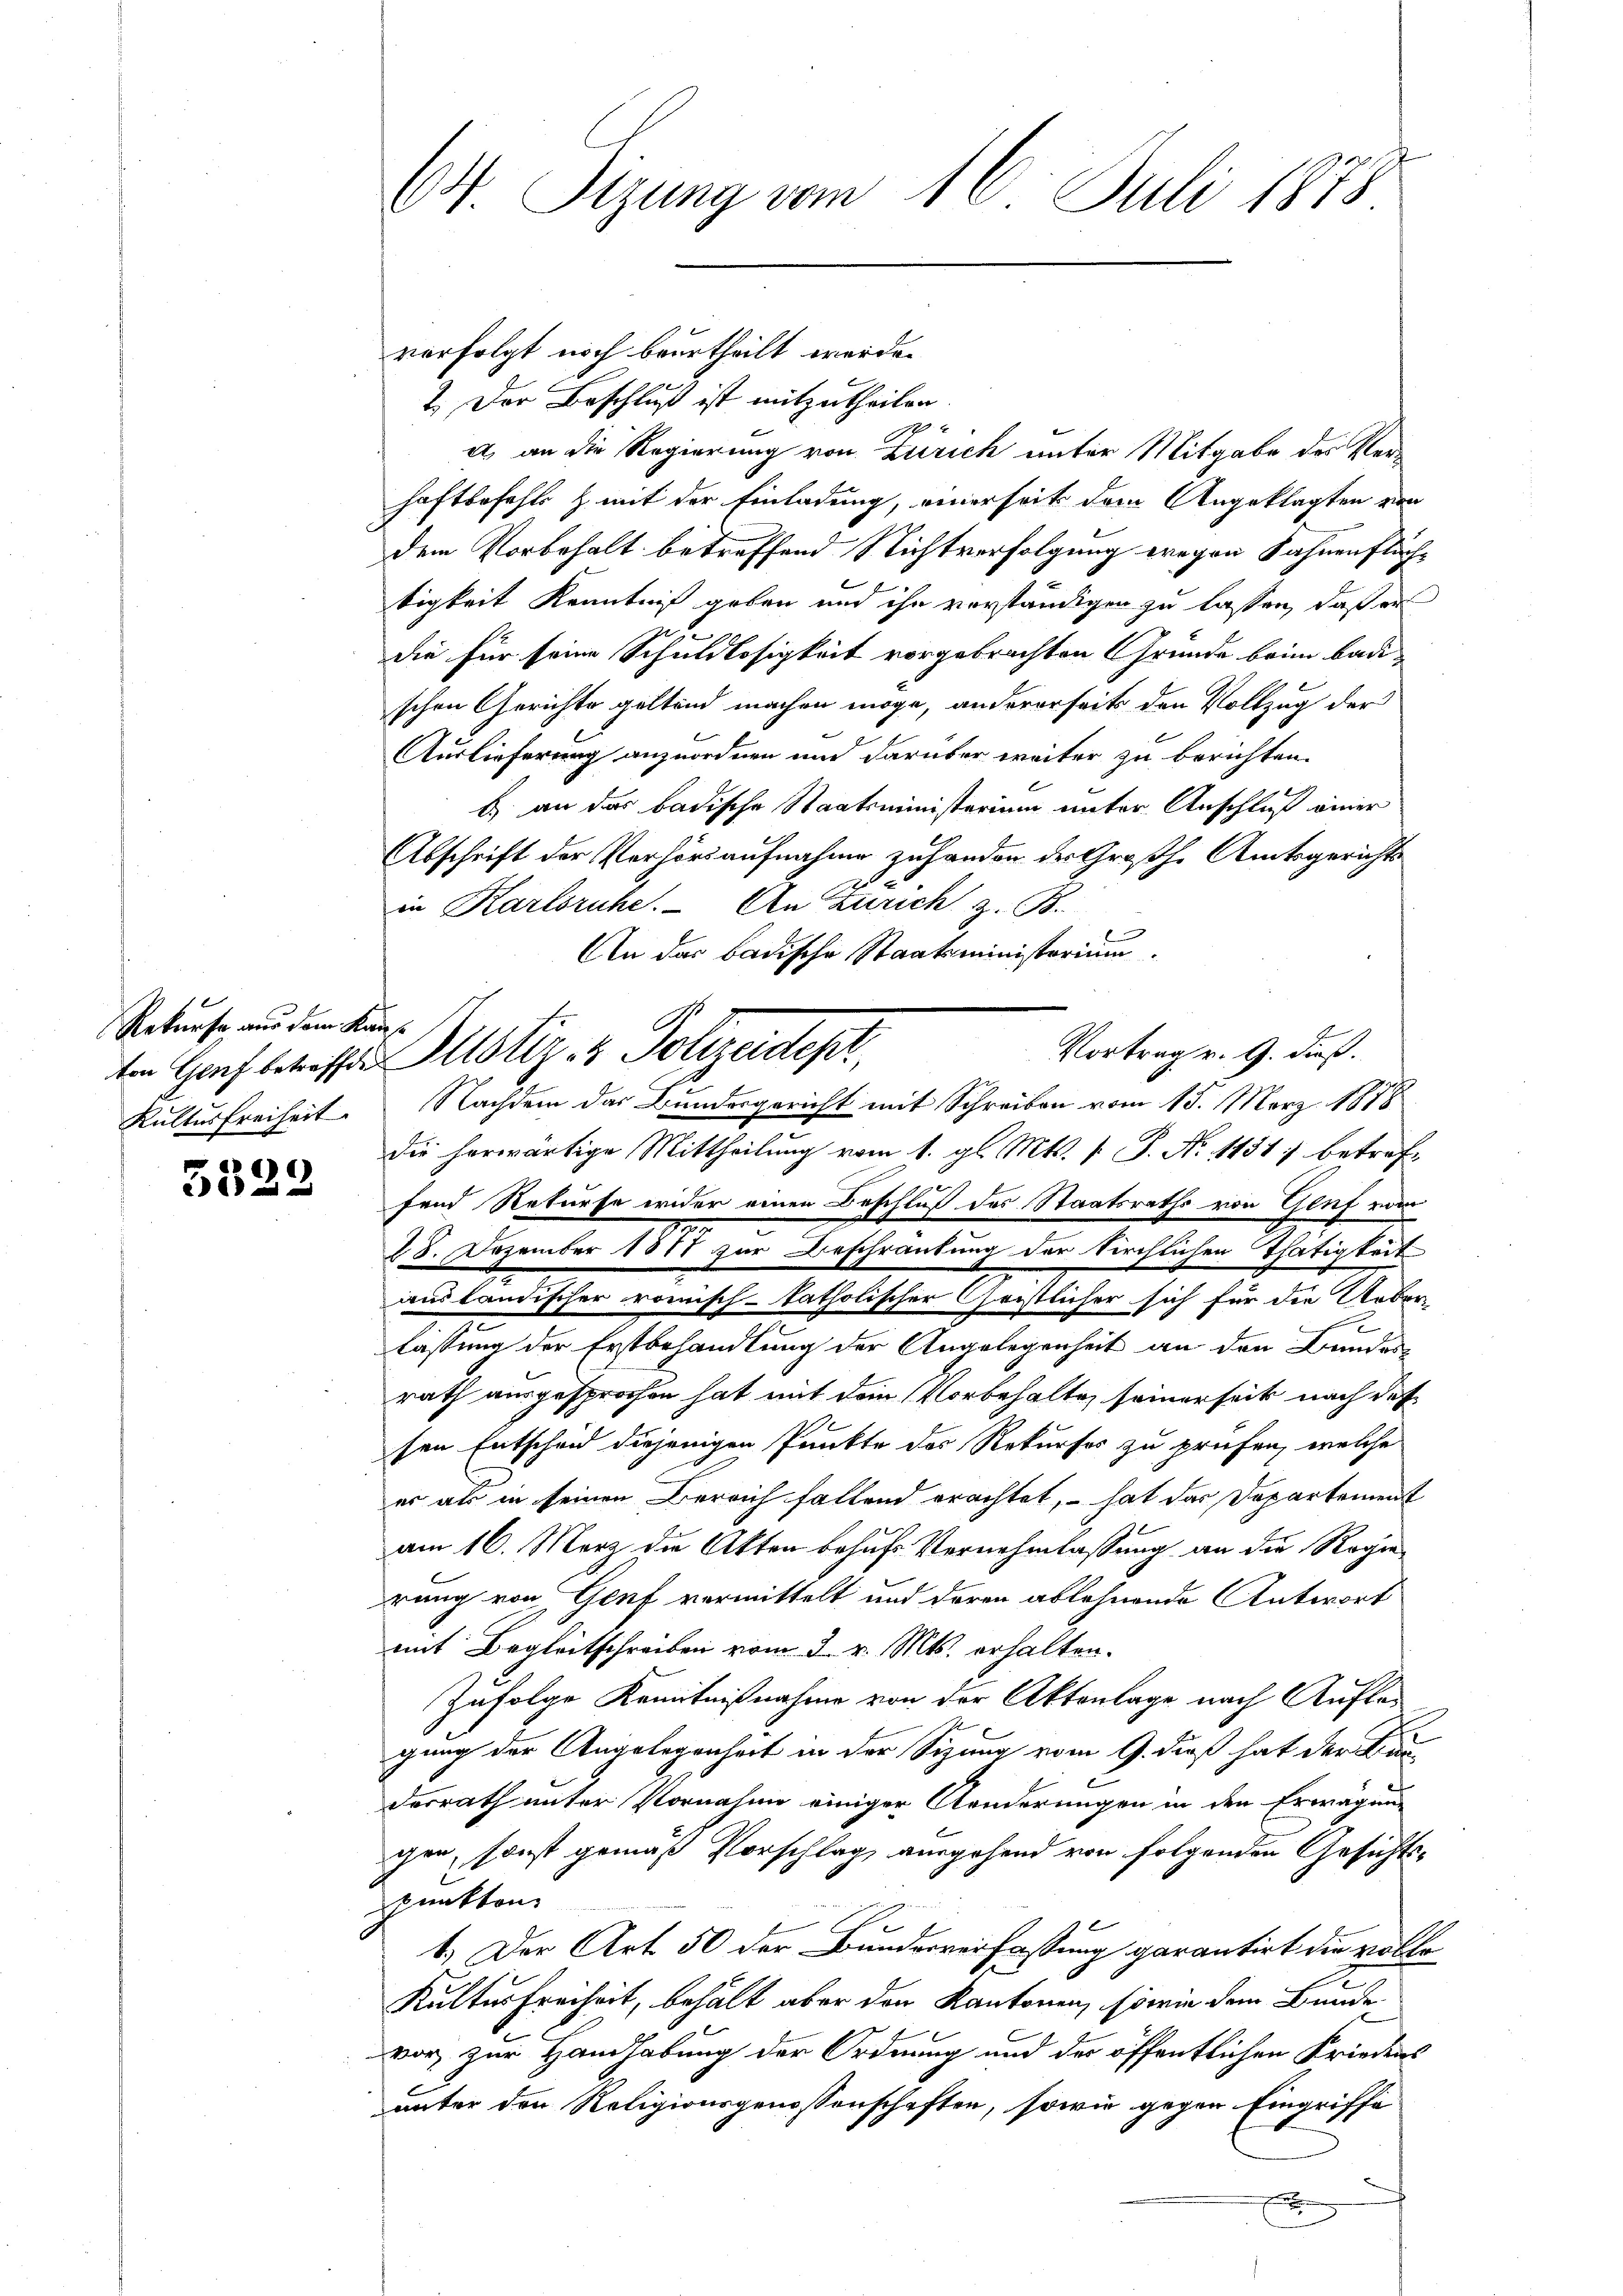
Rekurse aus dem Kau
Kultus freiheit.

6)
i

64 Sizung vom 16. Juli 1878

verfolgt noch beurtheilt werde.
2. Der Beschluß ist mitzutheilen
2
a) an die Regierung von Zürich unter Mitgabe des Verhaftbefehls & mit der Einladung, einerseit dem Angeklagten von
dem Vorbehalt betreffend Nichtverfolgung wegen Fahnenfluchtigkeit Kenntniß geben und ihn verständigen zu lassen, daß er
as
die für seine Schuldlosigkeit vorgebrachten Grunde beim badi
schen Gerichte geltend machen möge, andererseits den Vollzug der
Auslieferung anzuordnen und darüber weiter zu berichten.
b) an das badische Staatsministerium unter Anschluß einer
Abschrift der Verhörsaufnahme zuhanden der Großh. Amtsgerichts
in Karlsruhe. An Zürich z. B.
An das badische Staatsministerium.
Nachdem das Bundesgericht mit Schreiben vom 15. März 1878
die herwärtige Mittheilung vom 1. gl. Mts. v. P. Nr. 1431 betreffend Rekurse wider einen Beschluß des Staatsraths von Genf vom
28. Dezember 1811 zur Beschränkung der kirchlichen Thätigkeit
ausländischer römisch-katholischer Gristlicher sich für die Ueber-
lassung der Erstbehandlung der Angelegenheit an den Bundes-
rath ausgesprochen hat mit dem Vorbehalten seiner seit nach der
sen Entscheid diejenigen Punkte des Rekurses zu prüfen, welche
er als in seinen Bereich fallend erachtet, – hat das Departement
am 16. März die Akten behufs Vernehmlassung an die Regie
rung von Genf vermittelt und deren ablehnende Antwort
mit Begleitschreiben vom 2. v. Mts. erhalten.
Zufolge Kenntnißnahme von der Aktenlage nach Auflas
gung der Angelegenheit in der Sizung vom 9. dieß hat der Bau-
derrath unter Vornahme einiger Aenderungen in den Erwägung
chen, sonst gemäß Vorschlag ausgehend von folgenden Gesichts-
punkten.
1.) Der Art. 50 der Bundesverfassung garantirt die volle
Kultus Freiheit, behält aber den Kantonen, sowie dem Bunde
vor zur Handhabung der Ordnung und der öffentlichen Friedens
unter den Religionsgenossenschaften, sowie gegen Eingriffe
x

ten Hof betreffen ster- & Polizeidepr

Vortrag v. G. dieß.